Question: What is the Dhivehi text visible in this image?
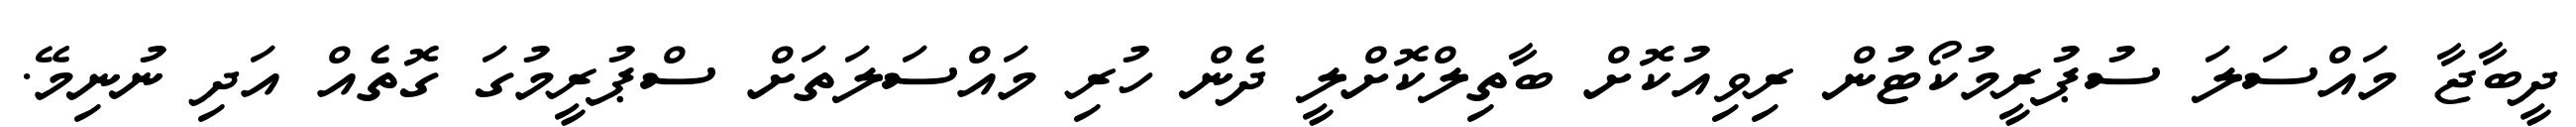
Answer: ދީބާޖާ މައްސަލަ ސުޕުރީމުކޯޓުން ރިވިއުކޮށް ބާތިލްކޮށްލީ ދެން ހުރި މައްސަލަތަށް ސްޕުރީމުގަ ގޮތެއް އަދި ނުނިމޭ.